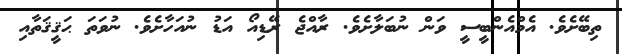
ތިބޭށެވެ. އެމްއެންބީސީ ވަން ނުބަލާށެވެ. ރާއްޖެ ރޭޑިއޯ އަޑު ނުއަހާށެވެ. ނުވަތަ ޙަޤީޤަތާއި